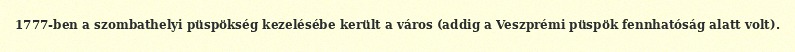
1777-ben a szombathelyi püspökség kezelésébe került a város (addig a Veszprémi püspök fennhatóság alatt volt).